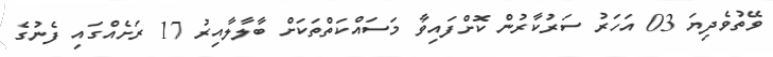
ވޭތުވެދިޔަ 03 އަހަރު ސަރުކާރުން ކޮށްފައިވާ މަސައްކަތްތަކަށް ބާލާލާއިރު 17 ރަށެއްގައި ފެނުގެ